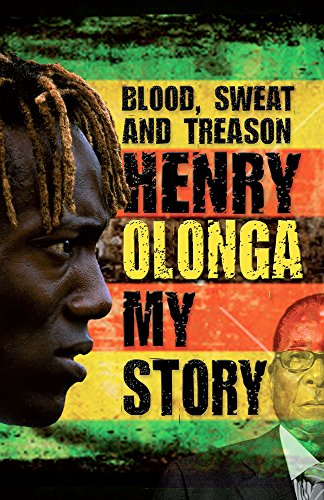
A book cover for Blood Sweat and Treason: My Story; Henry Olonga; Sports & Outdoors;